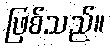
ဖြစ်သည်။